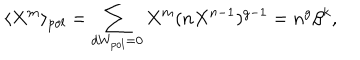
\langle X ^ { m } \rangle _ { p o l } = \sum _ { d W _ { p o l } = 0 } X ^ { m } ( n X ^ { n - 1 } ) ^ { g - 1 } = n ^ { g } \beta ^ { k } ,